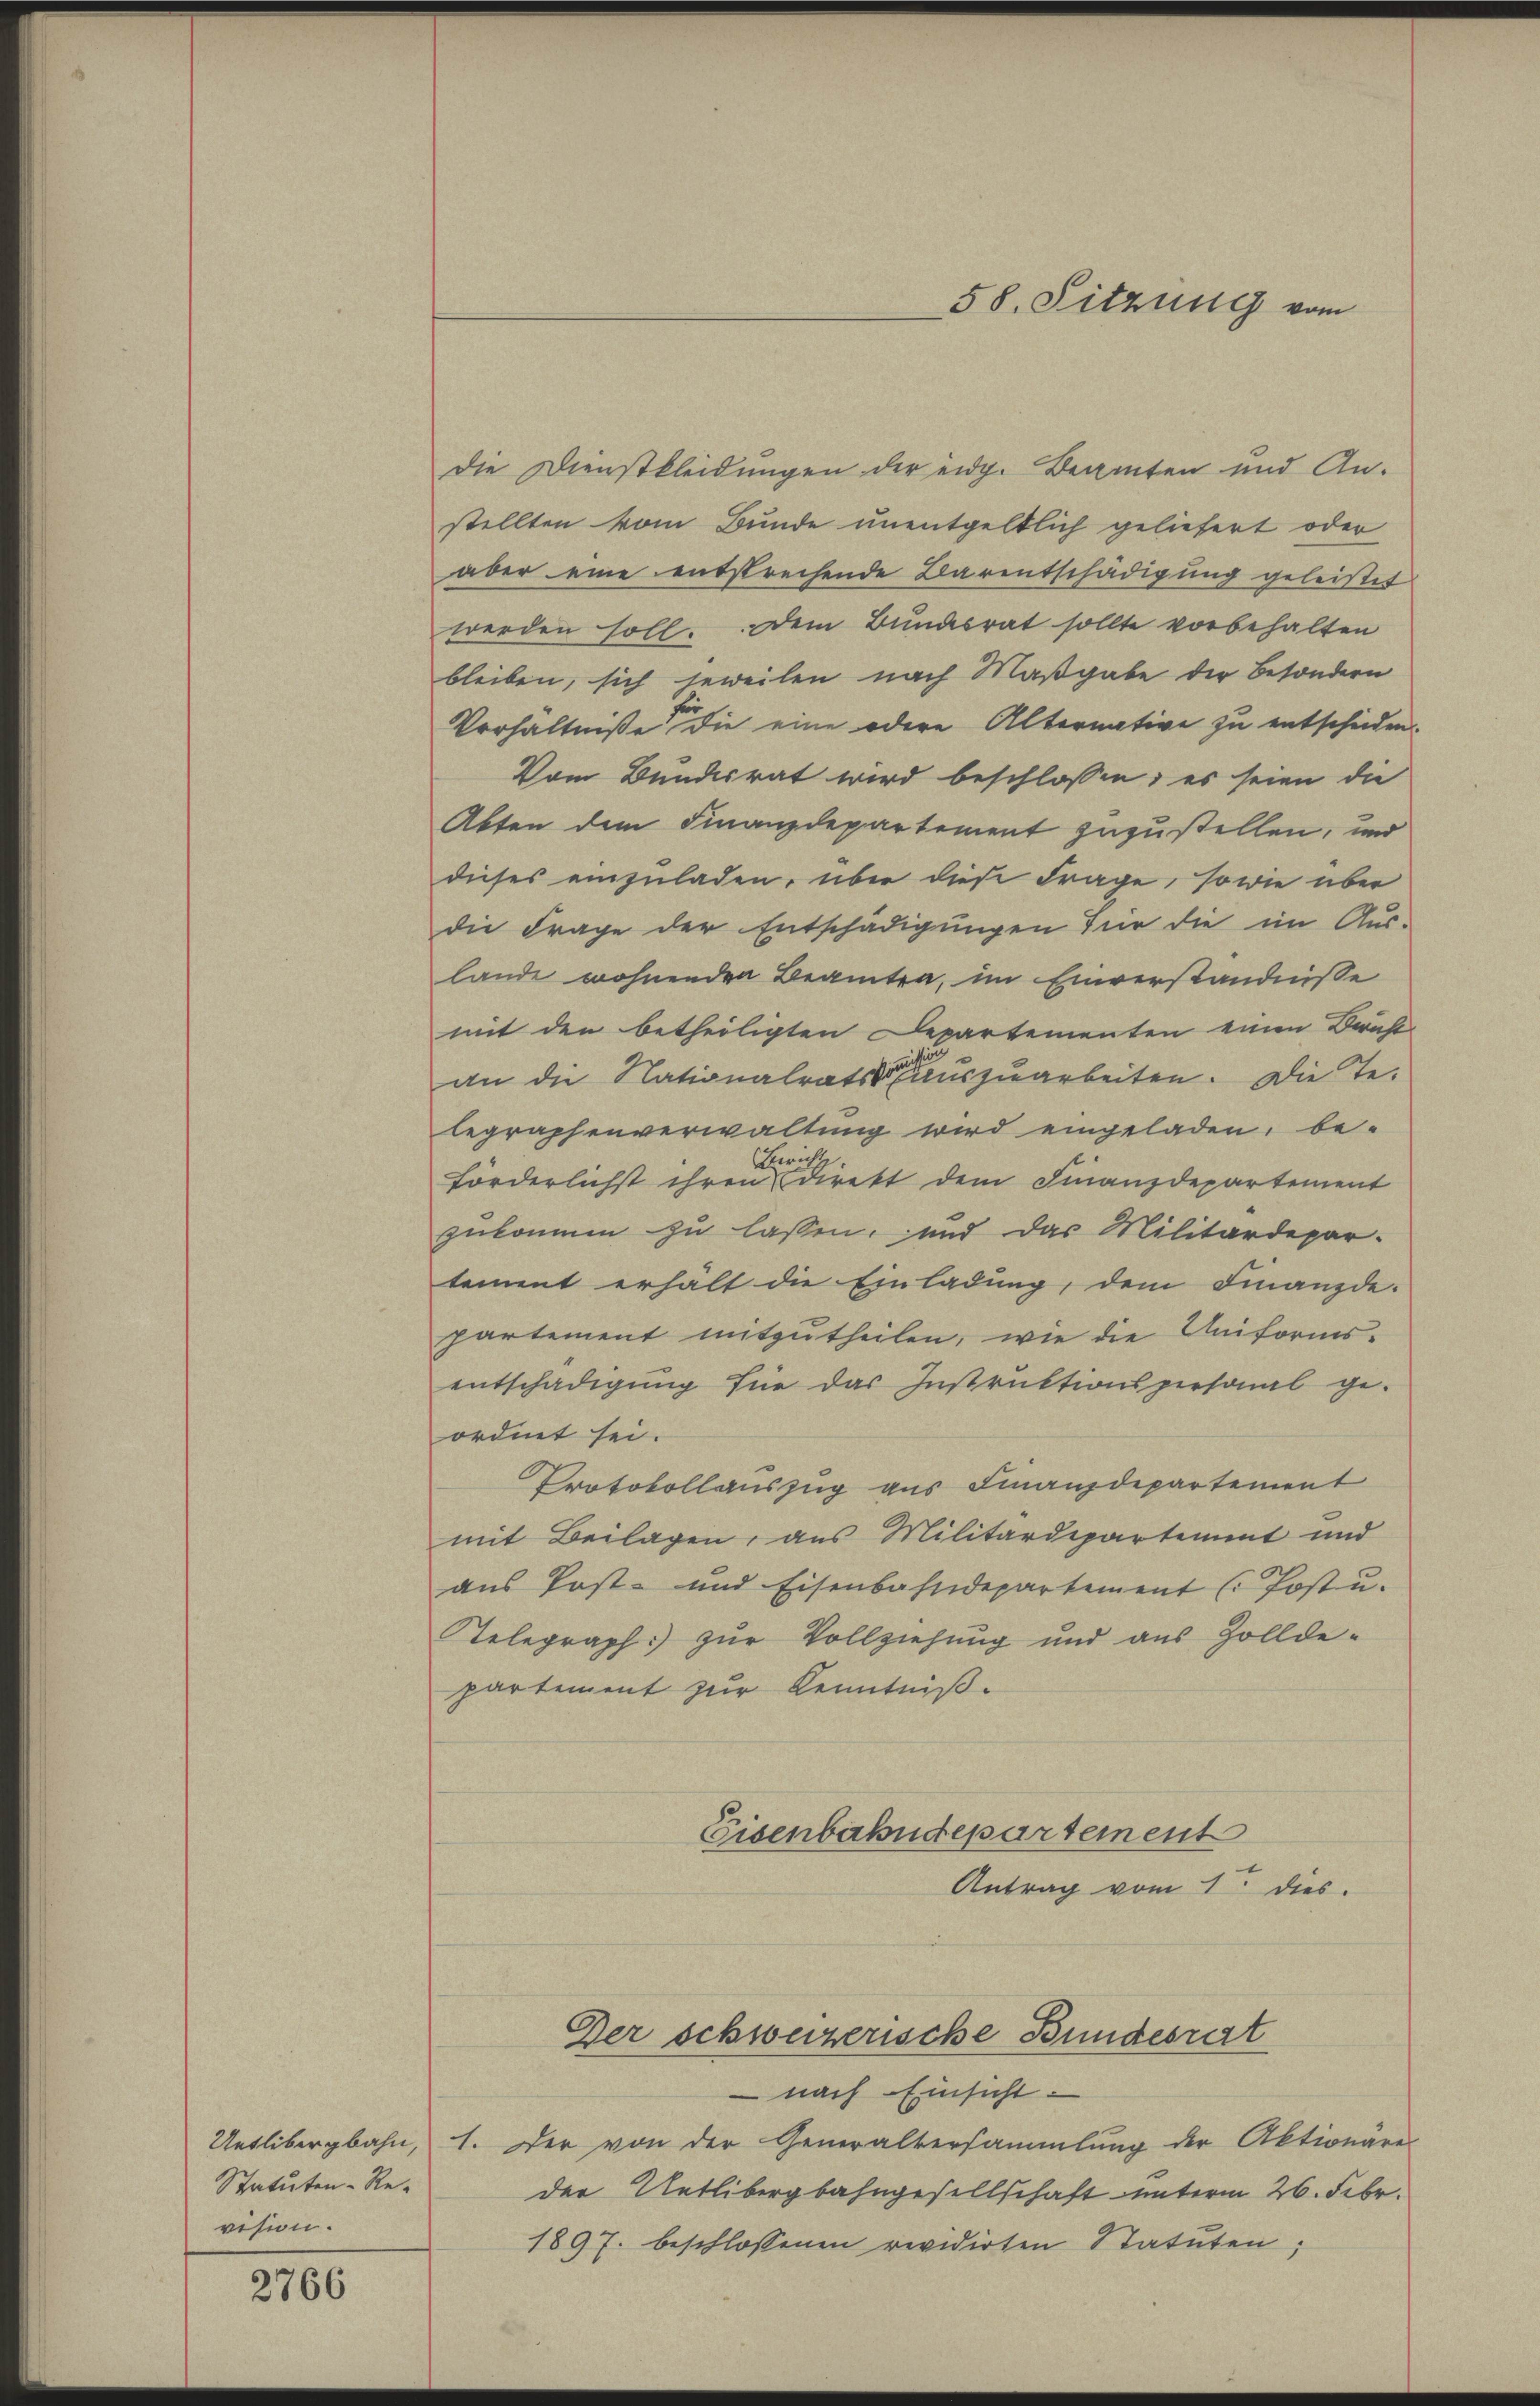
Statuten-Revision.

2766

die Dienstkleidungen der eidg. Beamten und Anstellten vom Bunde unentgeltlich geliefert oder
aber eine entstrechende Barentschädigung geleistet
werden soll. Dem Bundesrat sollte vorbehalten
bleiben, sich jeweilen nach Maßgabe der Besondern
Verhältniße die eine odere Alternative zu entscheiden.
Vom Bundesrat wird beschlossen; es seien die
Abten dem Finanzdepartement zuzustellen, und
dieses einzuladen, über diese Frage, sowie über
die Frage der Entschädigungen für die im Aus-
lande wohnenden Beamten, im Einverständnisse
mit den betheiligten Departementen einen Bericht
an die Nationalrats auszuarbeiten. Die Telegraphenverwaltung wird eingeladen, be-
Bericht
förderlichst ihren Direkt dem Finanzdepartement
zukommen zu lassen, und das Militärdepar-
tement erhält die Einladung, dem Finanzde-
partement mitzutheilen, wie die Uniformsentschädigung für das Instruktionspersonal ge-
ordnet sei.
Protokollauszug aus Finanzdepartement
mit Beilagen, aus Militärdepartement und
aus Post- und Eisenbahndepartement (Post u.
Telegraph zur Vollziehung und aus Zolldepartement zur Kenntniß.
Eisenbahndepartement
Antrag vom 1. dies

nach Einsicht
Uetlibergbahn, 1. Der von der Generalversammlung der Aktionare
der Uetlibergbahngesellschaft unterm 26. Febr.
1897. beschlossenen revidirten Statuten;

58. Sitzung vom

Der schweizerische Bundesrat